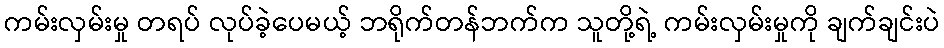
ကမ်းလှမ်းမှု တရပ် လုပ်ခဲ့ပေမယ့် ဘရိုက်တန်ဘက်က သူတို့ရဲ့ ကမ်းလှမ်းမှုကို ချက်ချင်းပဲ